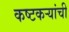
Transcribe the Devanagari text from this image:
कष्टकऱ्यांची